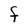
Character: F